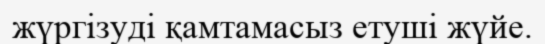
жүргізуді қамтамасыз етуші жүйе.